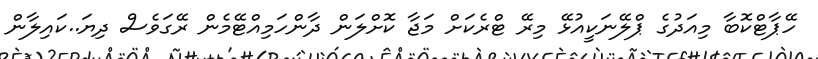
ހޭޕާޓްކޮބާ މިއަދުގެ ޕްލޭނަކީއުޅޭ މިރޭ ޓްރެކަށް މަޖާ ކޮށްލަން ދާންހަމިއްޓޭމެން ރޭގަވެސް ދިޔަ..ކައިލާން